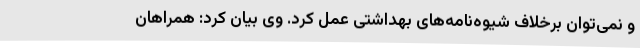
و نمی‌توان برخلاف شیوه‌نامه‌های بهداشتی عمل کرد. وی بیان کرد: همراهان